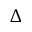
\Delta